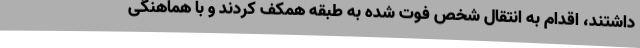
داشتند، اقدام به انتقال شخص فوت شده به طبقه همکف کردند و با هماهنگی